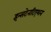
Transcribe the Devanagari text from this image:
इन्सटेनटिएशन